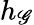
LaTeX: h_{\mathscr{G}}